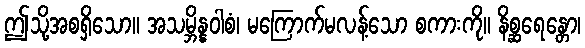
ဤသို့အစရှိသော။ အသမ္ဘိန္နဝါစံ၊ မကြောက်မလန့်သော စကားကို။ နိစ္ဆရေန္တော၊